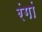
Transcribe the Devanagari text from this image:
रंगां